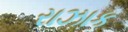
રાઝાક